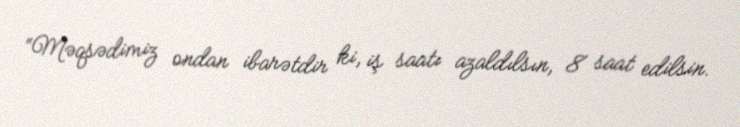
“Məqsədimiz ondan ibarətdir ki, iş saatı azaldılsın, 8 saat edilsin.